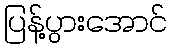
ပြန့်ပွားအောင်